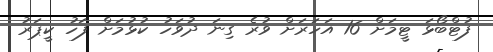
ފުޓްބޯޅަ ޓީމަށް 16 އަހަރަށް ވުރެ ގިނަ ދުވަހު ކުޅުމަށް ފަހު ކީޕަރު